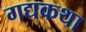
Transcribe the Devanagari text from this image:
गद्यकथा